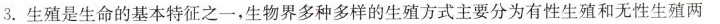
生殖是生命的基本特征之一，生物界多种多样的生殖方式主要分为有性生殖和无性生殖两